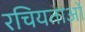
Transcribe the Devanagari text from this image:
रचियताओं